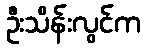
ဦးသိန်းလွင်က